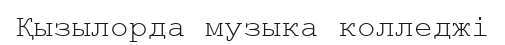
Қызылорда музыка колледжі